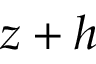
z + h